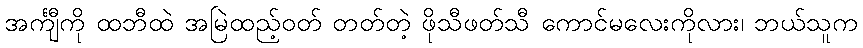
အင်္ကျီကို ထဘီထဲ အမြဲထည့်ဝတ် တတ်တဲ့ ဖိုသီဖတ်သီ ကောင်မလေးကိုလား၊ ဘယ်သူက